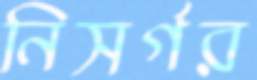
নিসর্গর